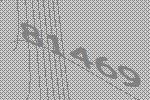
81469